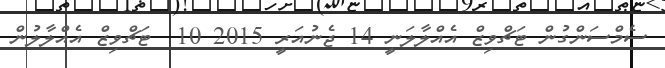
ސެމްސަންގުން ޓަޗްވިޒް އެއްލާލަނީ 14 ޖެނުއަރީ 2015 10  ޓަޗްވިޒް އެއްލާލުން